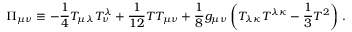
\Pi _ { \mu \nu } \equiv - { \frac { 1 } { 4 } } T _ { \mu \lambda } T _ { \nu } ^ { \lambda } + { \frac { 1 } { 1 2 } } T T _ { \mu \nu } + { \frac { 1 } { 8 } } g _ { \mu \nu } \left( T _ { \lambda \kappa } T ^ { \lambda \kappa } - { \frac { 1 } { 3 } } T ^ { 2 } \right) \, .